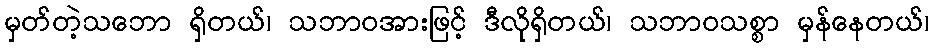
မှတ်တဲ့သဘော ရှိတယ်၊ သဘာဝအားဖြင့် ဒီလိုရှိတယ်၊ သဘာဝသစ္စာ မှန်နေတယ်၊